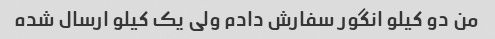
من دو کیلو انگور سفارش دادم ولی یک کیلو ارسال شده